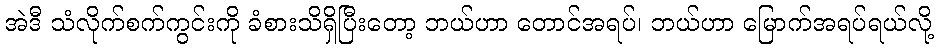
အဲဒီ သံလိုက်စက်ကွင်းကို ခံစားသိရှိပြီးတော့ ဘယ်ဟာ တောင်အရပ်၊ ဘယ်ဟာ မြောက်အရပ်ရယ်လို့